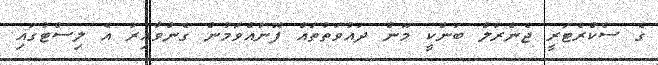
ގެ ސެކްރެޓަރީ ޖެނެރަލް ބަންކީ މޫން ދައުވަތުތައް ފޮނުއްވަމުން ގެންވާއިރު އެ ލިސްޓުގައި